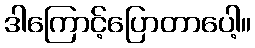
ဒါကြောင့်ပြောတာပေါ့။